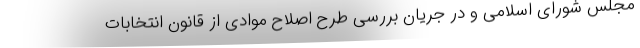
مجلس شورای اسلامی و در جریان بررسی طرح اصلاح موادی از قانون انتخابات